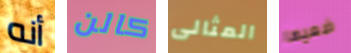
أنه كالن المثالى ضعيها